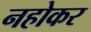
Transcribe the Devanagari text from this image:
नहोकर